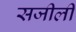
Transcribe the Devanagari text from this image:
सजीली